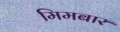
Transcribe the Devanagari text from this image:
मिमबार